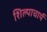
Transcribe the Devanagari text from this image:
शिल्पाचार्य